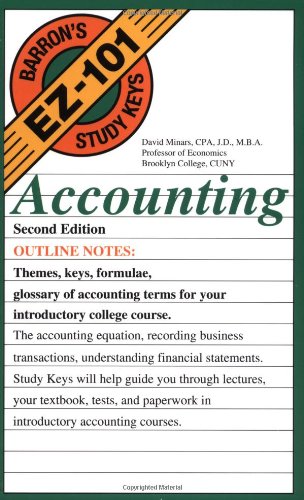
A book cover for Accounting (EZ-101 Study Keys); David Minars  CPA  J.D.  M.B.A; Test Preparation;